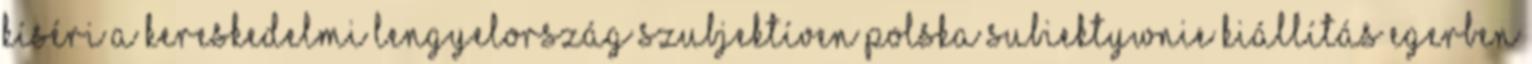
kíséri a kereskedelmi Lengyelország szubjektíven Polska subiektywnie Kiállítás Egerben